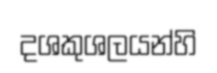
දශකුශලයන්හි